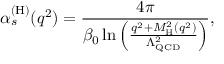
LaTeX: \alpha _ { s } ^ { ( \mathrm { H ) } } ( q ^ { 2 } ) = \frac { 4 \pi } { \beta _ { 0 } \ln \left( \frac { q ^ { 2 } + M _ { \mathrm { H } } ^ { 2 } ( q ^ { 2 } ) } { \Lambda _ { \mathrm { Q C D } } ^ { 2 } } \right) } ,